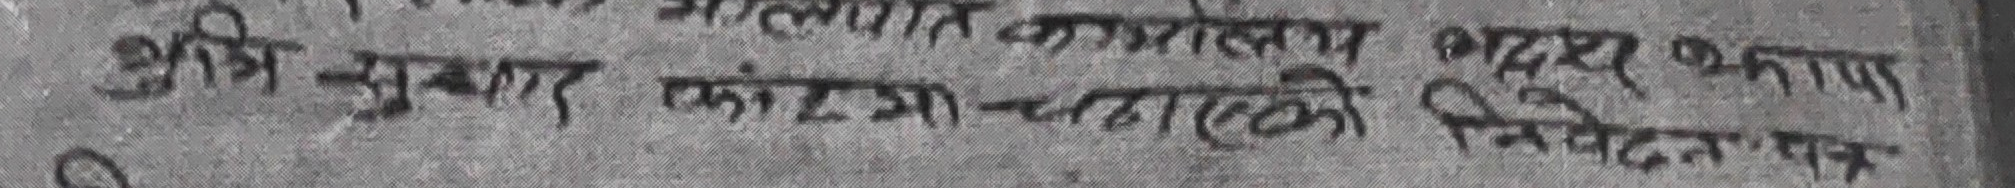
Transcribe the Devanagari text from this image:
माल्पाका कामलेय बद्दर भकाया
अनि सुधार फांरग-चलाएकी निवेदन पत्र